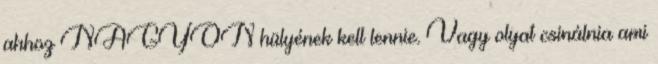
ahhoz NAGYON hülyének kell lennie. Vagy olyat csinálnia ami